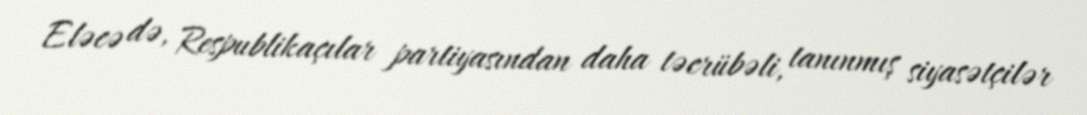
Eləcə də, Respublikaçılar partiyasından daha təcrübəli, tanınmış siyasətçilər